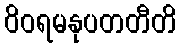
ဝိဝရမနုပတတီတိ